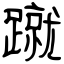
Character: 蹴